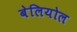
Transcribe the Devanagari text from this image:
बेलियोल